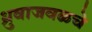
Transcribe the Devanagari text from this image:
ध्रुवाजवळचे